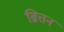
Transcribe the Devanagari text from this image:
ब्रित्तन